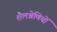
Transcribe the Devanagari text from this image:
शैलश्रेणियों